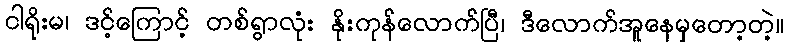
ငါရိုးမ၊ ဒင့်ကြောင့် တစ်ရွာလုံး နိုးကုန်လောက်ပြီ၊ ဒီလောက်အူနေမှတော့တဲ့။